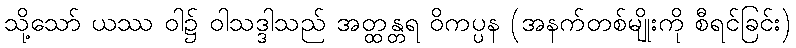
သို့သော် ယဿ ဝါ၌ ဝါသဒ္ဒါသည် အတ္ထန္တရ ဝိကပ္ပန (အနက်တစ်မျိုးကို စီရင်ခြင်း)